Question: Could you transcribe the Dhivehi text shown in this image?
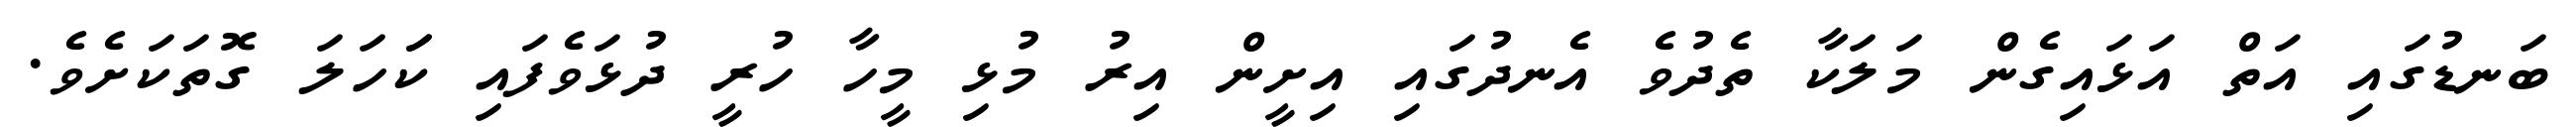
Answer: ބަނޑުގައި އަތް އަޅައިގެން މަލަކާ ތެދުވެ އެނދުގައި އިށީން އިރު މުޅި މީހާ ހުރީ ދުޅަވެފައި ކަަހަލަ ގޮތަކަށެވެ.